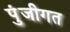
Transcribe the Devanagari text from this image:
पुंजीगत